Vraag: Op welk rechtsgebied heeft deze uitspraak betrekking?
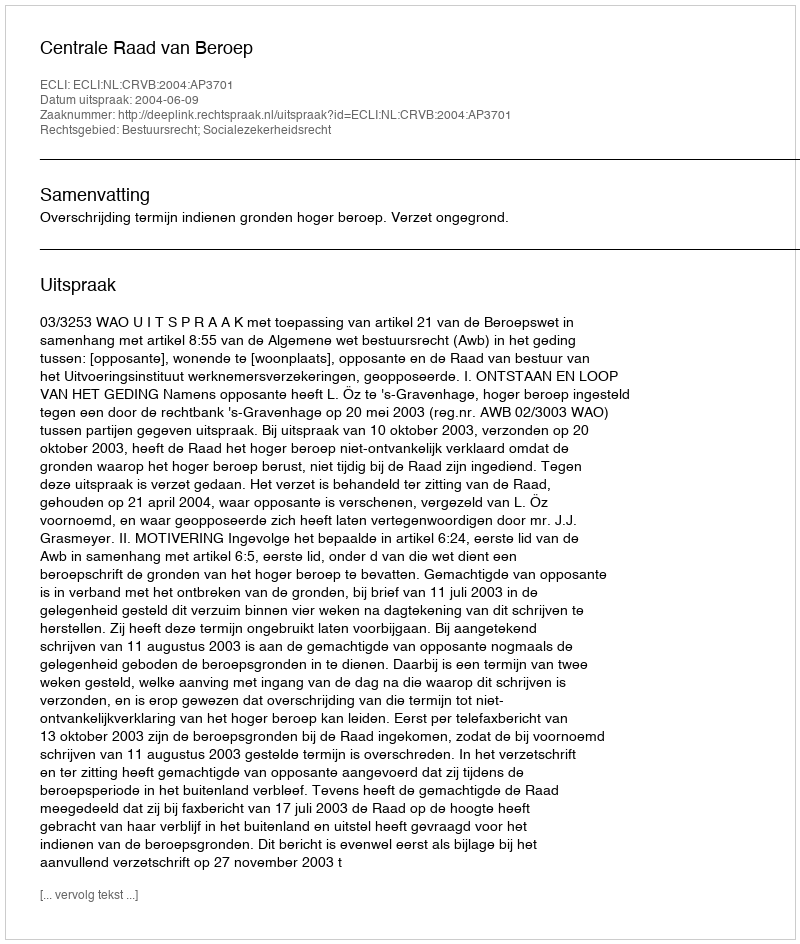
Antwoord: Bestuursrecht; Socialezekerheidsrecht